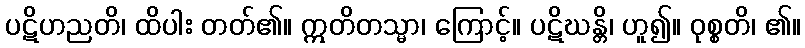
ပဋိဟညတိ၊ ထိပါး တတ်၏။ ဣတိတသ္မာ၊ ကြောင့်။ ပဋိဃန္တိ၊ ဟူ၍။ ဝုစ္စတိ၊ ၏။